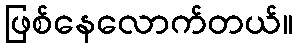
ဖြစ်နေလောက်တယ်။